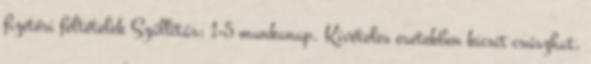
fizetési feltételek Szállítás: 1-5 munkanap. Kivételes esetekben kicsit csúszhat,